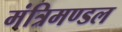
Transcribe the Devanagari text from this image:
मंत्रिमण्‍डल